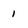
Character: 1